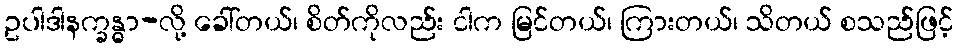
ဥပါဒါနက္ခန္ဓာ-လို့ ခေါ်တယ်၊ စိတ်ကိုလည်း ငါက မြင်တယ်၊ ကြားတယ်၊ သိတယ် စသည်ဖြင့်